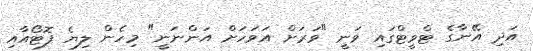
އަދި އޭނާގެ ޓްވީޓްގައި ވަނީ "ވަރަށް އަވަހަށް އަންނަނީ" މިހެން ލިޔެ ފޮޓޯއާއި